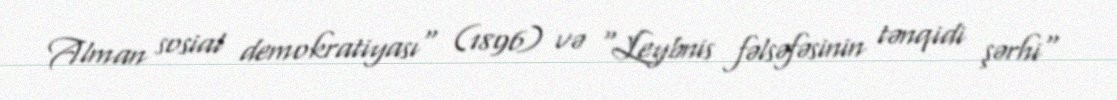
Alman sosial demokratiyası" (1896) və "Leybnis fəlsəfəsinin tənqidi şərhi"